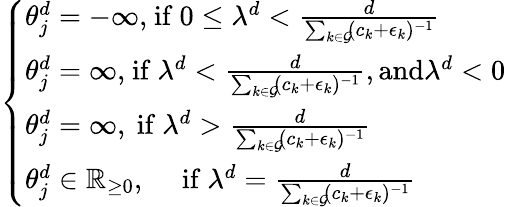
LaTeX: \begin{array}{r}{\left\{ \begin{array}{l}{\theta_{j}^{d}=-\infty,\! \mathrm{~if~}0\le\lambda^{d}<\frac{d}{\sum_{k\in\mathcal{G}}\! (c_{k}+\epsilon_{k})^{-1}}}\\ {\theta_{j}^{d}=\infty,\! \mathrm{~if~}\lambda^{d}<\frac{d}{\sum_{k\in\mathcal{G}}\! (c_{k}+\epsilon_{k})^{-1}},\textrm{and}\lambda^{d}<0}\\ {\theta_{j}^{d}=\infty,\mathrm{~if~}\lambda^{d}>\frac{d}{\sum_{k\in\mathcal{G}}\! (c_{k}+\epsilon_{k})^{-1}}}\\ {\theta_{j}^{d}\in\mathbb{R}_{\ge 0},\quad\mathrm{~if~}\lambda^{d}=\frac{d}{\sum_{k\in\mathcal{G}}\! (c_{k}+\epsilon_{k})^{-1}}}\end{array}\right.}\end{array}